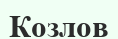
Козлов